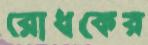
রোধকের